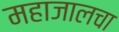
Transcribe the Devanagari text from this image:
महाजालचा